Civil Veterinary Dept. Assam report 1927-50 - 1927-1950
Year: 1927
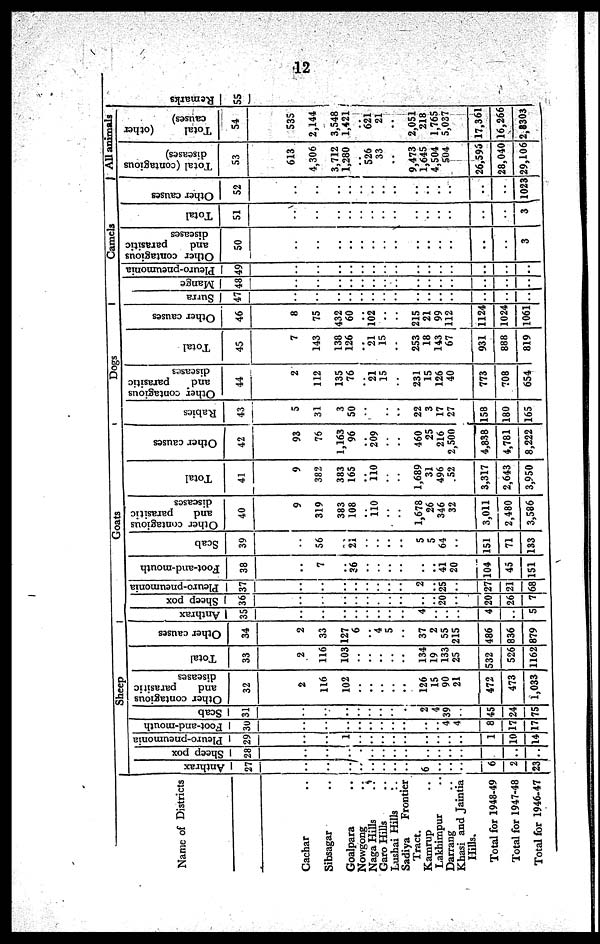
12
Name of Districts
Cachar ..
Sibsagar ..
Goalpara ..
Nowgong ..
Naga Hills ..
Garo Hills ..
Lushai Hills ..
Sadiya Frontier
Tract
Kamrup ..
Lakhimpur ..
Darrang ..
Khasi and Jaintia
Hills.
Total for 1948-49
Total for 1947-48
Total for 1946-47
Sheep
Anthrax
27
..
..
..
..
..
..
..
..
6
..
..
..
6
2
23
Sheep pox
28
..
..
..
..
..
..
..
..
..
..
..
..
..
..
Pleuro-pneumonia
29
..
..
1
..
..
..
..
..
..
..
..
..
1
10
14 1
Foot-and-mouth
30
..
..
..
..
..
..
..
..
..
..
4
4
8
17
17
Scab
31
..
..
..
..
..
..
..
..
2
4
39
..
45
24
15
Other contagious
and
parasitic
diseases
32
2
116
102
..
..
..
..
..
126
15
90
21
472
473
1,033
Total
33
2
116
103
..
..
..
..
..
134
19
133
25
532
526
1162
Other causes
34
2
33
127
6
..
4
5
..
37
2
55
215
486
336
879
Goats
I Anthrax
35
..
..
..
..
..
..
..
..
4
..
..
..
4
..
5
Sheep pox
36
..
..
..
..
..
..
..
..
..
..
20
..
20
26
7
Pleuro-pneumonia
37
..
..
..
..
..
..
..
..
2
..
25
..
27
21
58 1
Foot-and-mouth
38
..
7
..
36
..
..
..
..
..
..
41
20
104
45
51
Scab
39
..
56
..
21
..
..
..
..
5
5
64
..
151
71
133
Other contagious
and
parasitic
diseases
40
9
319
383
108
..
110
..
..
1,678
26
346
32
3,011
2,480
3,586
Total
41
9
382
383
165
..
110
..
..
1,689
31
496
52
3,317
2,643
3,950
Other causes
42
93
76
1,163
96
..
209
..
..
460
25
216
2,500
4,838
4,781
8,222
Dogs
Rabies
43
5
31
3
50
..
..
..
..
22
3
17
27
158
180
165
Other contagious
and
parasitic
diseases
44
2
112
135
76
..
21
15
..
231
15
126
40
773
708
654
Total
45
7
143
138
126
..
21
15
..
253
18
143
67
931
888
819
Other causes
46
8
75
432
60
..
102
..
..
215
21
99
112
1124
1024
1061
Camels
Surra
47
..
..
..
..
..
..
..
..
..
..
..
..
..
..
..
Mange
Pleuro-pneumonia
48 49
..
..
..
..
..
..
..
..
..
..
..
..
..
..
..
Other contagious
and
parasitic
diseases
50
..
..
..
..
..
..
..
..
..
..
..
..
..
..
3
Total
51
..
..
..
..
..
..
..
..
..
..
..
..
..
..
3
Other causes
52
..
..
..
..
..
..
..
..
..
..
..
..
..
..
1023
All animals
Total (contagious
diseases)
53
613
4,306
3,712
1,280
..
526
33
..
9,473
1,645
4,504
S04
26,596
28,040
29,106
Total
(other
causes)
54
535
2,144
3,548
1,421
..
621
21
..
2,051
218
1,765
5,037
17,361
16,266
2,8303
Remarks
55